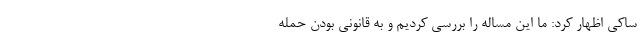
ساکی اظهار کرد: ما این مساله را بررسی کردیم و به قانونی بودن حمله